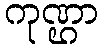
ကုဏ္ဌာ